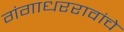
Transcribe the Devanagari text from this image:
गंगाधररावांचे